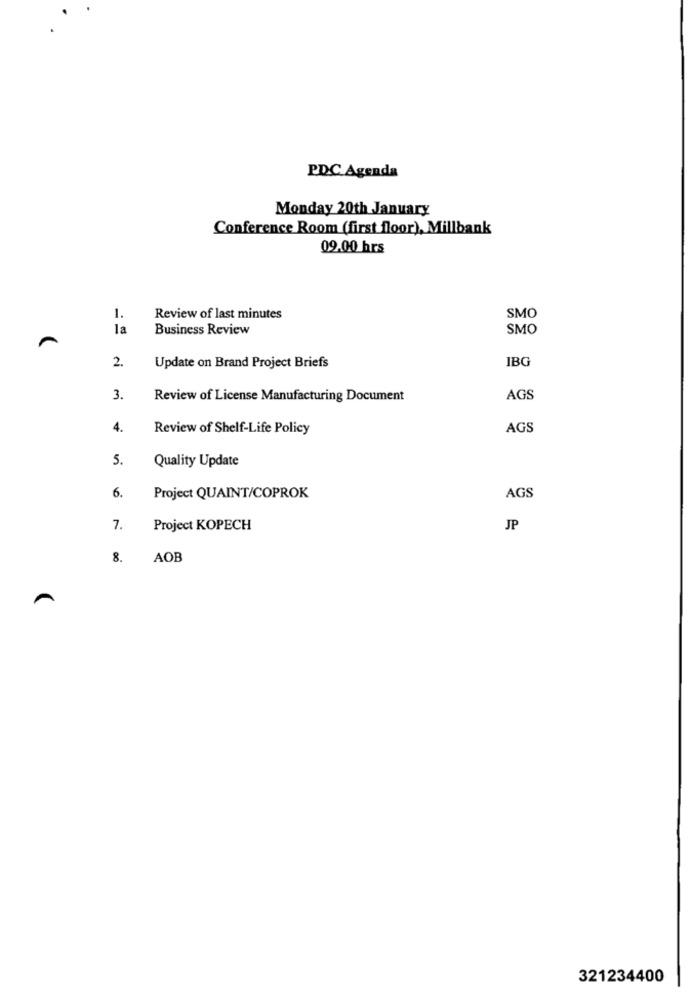
PDC Agenda
Monday 20th January
Conference Room (first floor), Millbank
09.00 hrs
1.
Review of last minutes
SMO
la
Business Review
SMO
2.
IBG
Update on Brand Project Briefs
3.
Review of License Manufacturing Document
AGS
4.
Review of Shelf-Life Policy
AGS
5.
Quality Update
6.
Project QUAINT/COPROK
AGS
7.
Project KOPECH
JP
8.
AOB
321234400